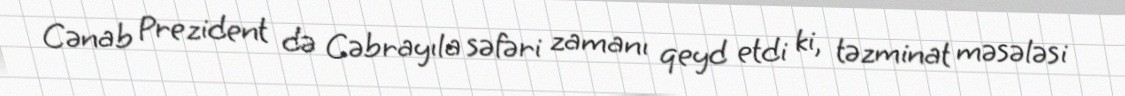
Cənab Prezident də Cəbrayıla səfəri zamanı qeyd etdi ki, təzminat məsələsi